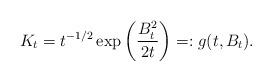
LaTeX: \begin{align*} K_t = t^{-1/2} \exp\left( \frac{B_t^2}{2t} \right) =: g(t, B_t).\end{align*}